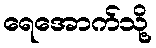
ရေအောက်သို့